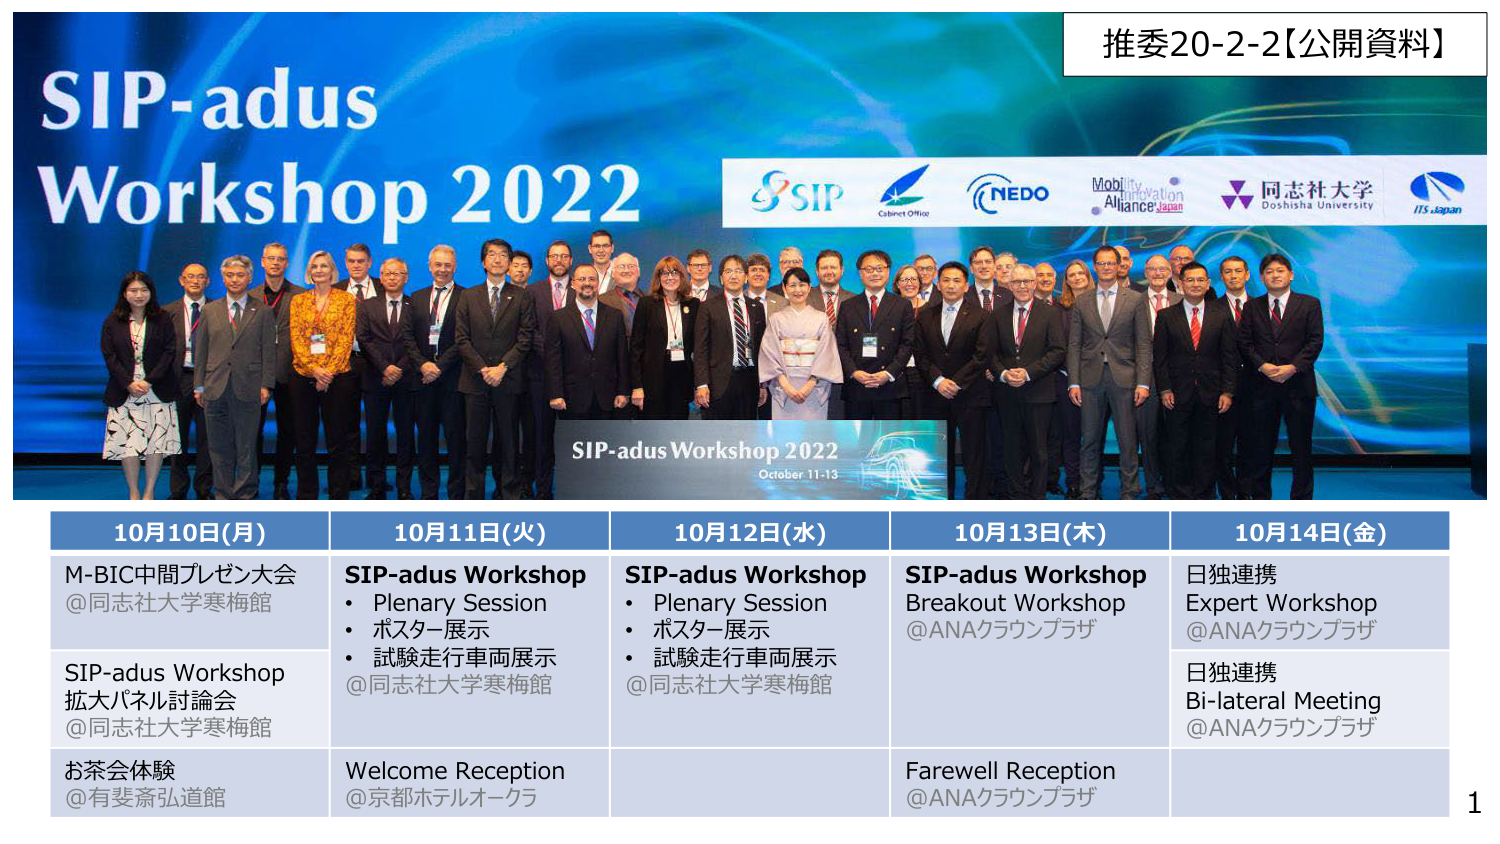
推委20-2-2【公開資料】

SIP-adus
Workshop 2022

SIP
Cabinet Office
NEDO
Mobility Innovation Alliance Japan
同志社大学
Doshisha University
ITS Japan

SIP-adus Workshop 2022
October 11-13

10月10日(月)
M-BIC中間プレゼン大会
@同志社大学寒梅館
SIP-adus Workshop
拡大パネル討論会
@同志社大学寒梅館
お茶会体験
@有斐斎弘道館

10月11日(火)
SIP-adus Workshop
• Plenary Session
• ポスター展示
• 試験走行車両展示
@同志社大学寒梅館
Welcome Reception
@京都ホテルオークラ

10月12日(水)
SIP-adus Workshop
• Plenary Session
• ポスター展示
• 試験走行車両展示
@同志社大学寒梅館

10月13日(木)
SIP-adus Workshop
Breakout Workshop
@ANAクラウンプラザ
Farewell Reception
@ANAクラウンプラザ

10月14日(金)
日独連携
Expert Workshop
@ANAクラウンプラザ
日独連携
Bi-lateral Meeting
@ANAクラウンプラザ

1